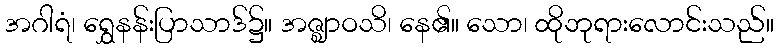
အဂါရံ၊ ရွှေနန်းပြာသာဒ်၌။ အဇ္ဈာဝသိ၊ နေ၏။ သော၊ ထိုဘုရားလောင်းသည်။